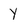
Character: Y